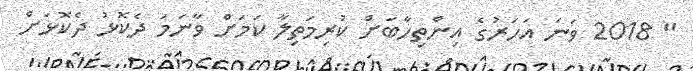
" 2018 ވަނަ އަހަރުގެ އިންތިހާބަށް ކުރިމަތިލާ ކަމަށް ވާނަމަ ދެކޮޅު ދެކޮޅަށް